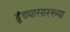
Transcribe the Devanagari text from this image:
हुंड्यासारख्या